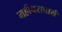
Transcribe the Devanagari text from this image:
महीधराचार्य